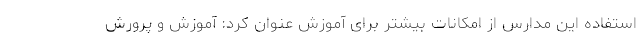
استفاده این مدارس از امکانات بیشتر برای آموزش عنوان کرد: آموزش و پرورش